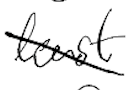
Text: least
Cross-out: diagonal
Writing tool: digital_black